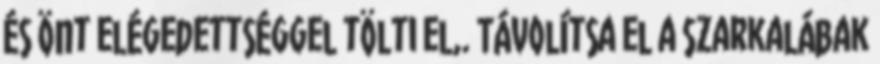
És Önt elégedettséggel tölti el,. Távolítsa el a szarkalábak